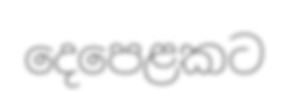
දෙපෙළකට